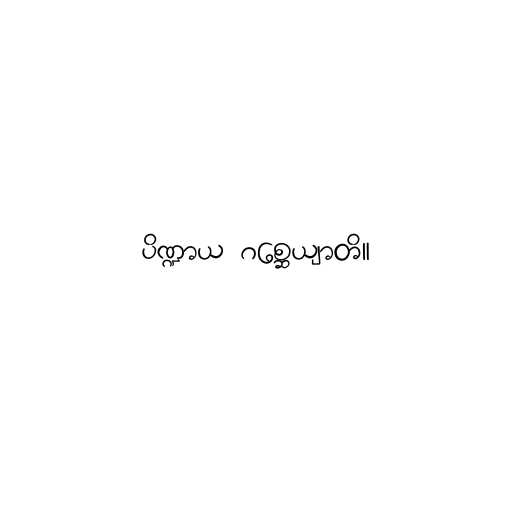
ပိဏ္ဍာယ ဂစ္ဆေယျာတိ။